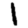
Digit: 1